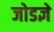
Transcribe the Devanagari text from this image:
जोडज्ञे